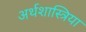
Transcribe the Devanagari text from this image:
अर्थशास्त्रिया